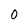
Character: 0